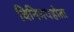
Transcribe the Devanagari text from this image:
विनिमयहोता